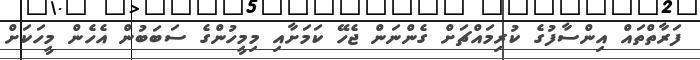
ފަރާތްތައް އިންސާފުގެ ކުރިމައްޗަށް ގެންނަން ޖެހޭ ކަމަށާއި މިމީހުންގެ ސަބަބުން އެހެން މީހަކަށް